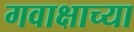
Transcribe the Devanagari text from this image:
गवाक्षाच्या